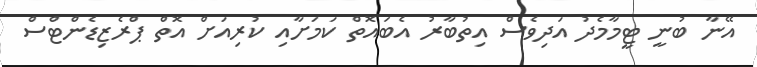
އޭނާ ބުނީ ޓީމާމެދު އަދިވެސް އިތުބާރު އެބައޮތް ކަމަށާއި ކުރިއަށް އޮތް ޕްރެޒިޑެންޓްސް